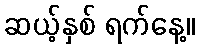
ဆယ့်နှစ် ရက်နေ့။